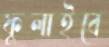
ফুলাইবে